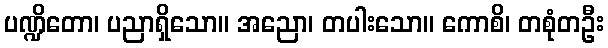
ပဏ္ဍိတော၊ ပညာရှိသော။ အညော၊ တပါးသော။ ကောစိ၊ တစုံတဦး